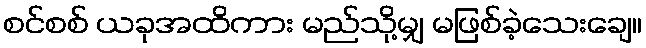
စင်စစ် ယခုအထိကား မည်သို့မျှ မဖြစ်ခဲ့သေးချေ။